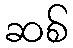
ဆစ်